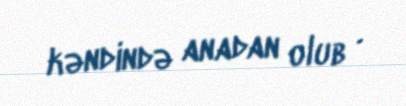
kəndində anadan olub .